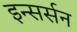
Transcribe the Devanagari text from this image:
इन्सर्सन